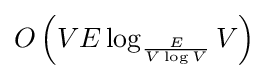
O\left(VE\log _{\frac {E}{V\log V}}V\right)